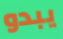
يبدو